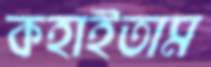
কহাইতাম